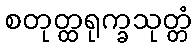
စတုတ္ထရုက္ခသုတ္တံ